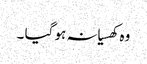
وہ کھسیانہ ہو گیا ۔